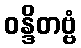
ဝန္ဒိတဗ္ဗံ